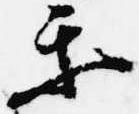
楽